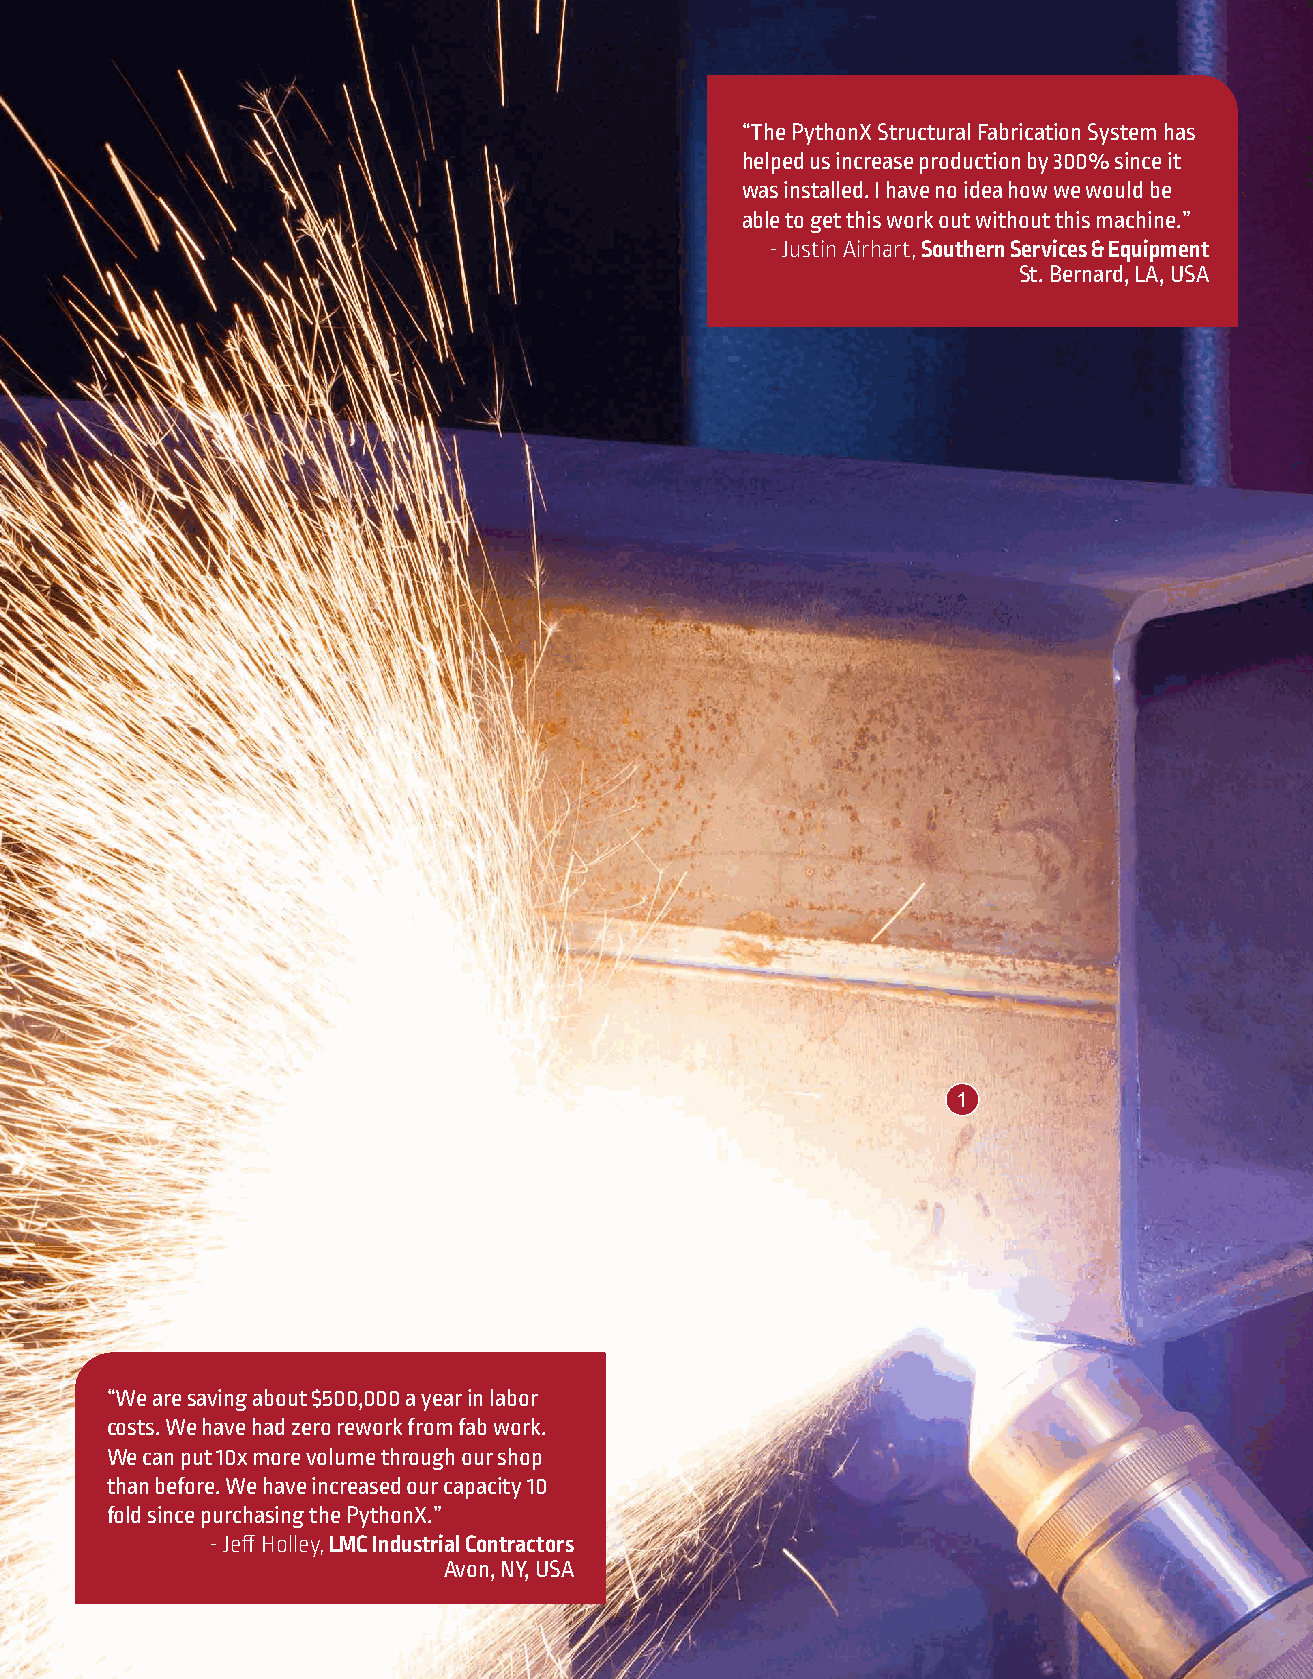
“The PythonX Structural Fabrication System has
 helped us increase production by 300% since it
 was installed. I have no idea how we would be
 able to get this work out without this machine.”
 - Justin Airhart, Southern Services & Equipment
 St. Bernard, LA, USA
 1
 “We are saving about $500,000 a year in labor
 costs. We have had zero rework from fab work.
 We can put 10x more volume through our shop
 than before. We have increased our capacity 10
 fold since purchasing the PythonX.”
 - Jeff Holley, LMC Industrial Contractors
 Avon, NY, USA